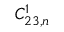
C _ { 2 3 , n } ^ { 1 }